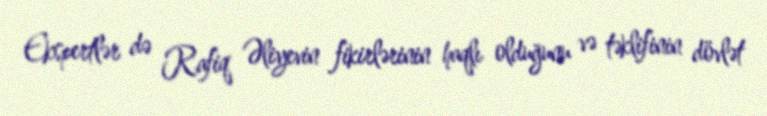
Ekspertlər də Rafiq Əliyevin fikirlərinin haqlı olduğunu və təklifinin dövlət